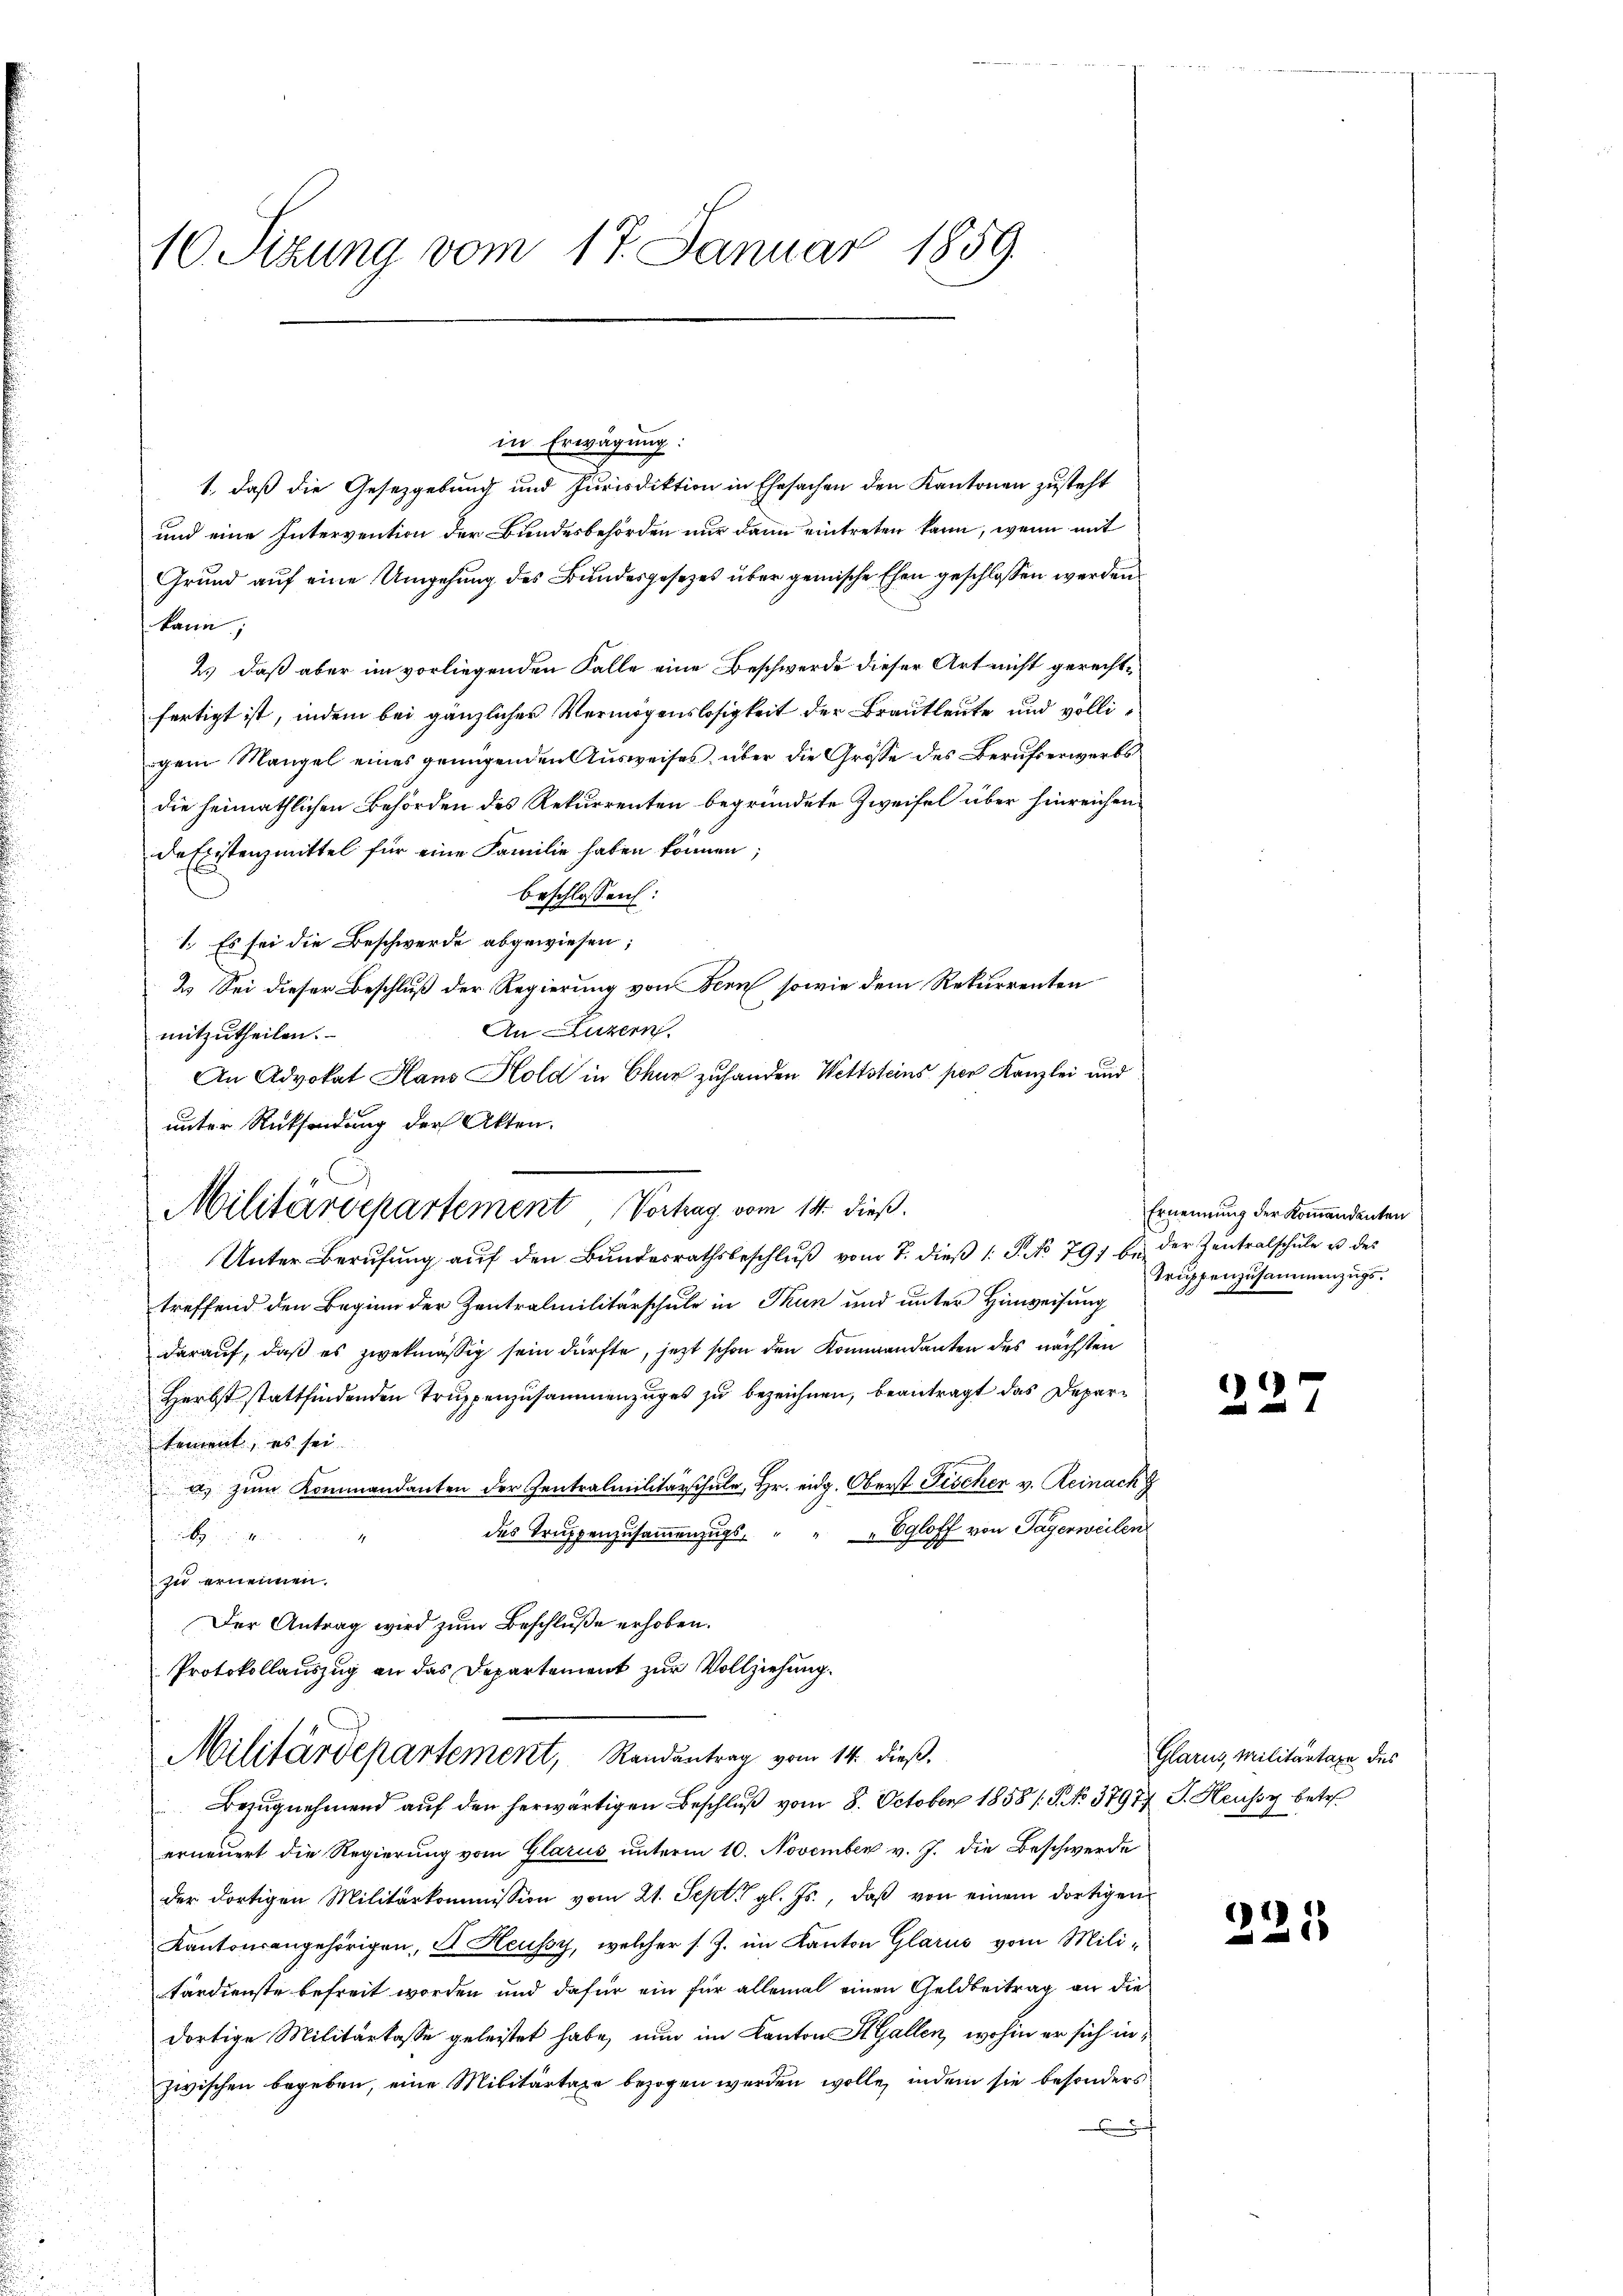
.

10. Sizung vom 17. Januar 1859.

in Erwägung:
1., daß die Gesetzgebung und Jurisdiktion in Ehesachen den Kantonen zusteht
und eine Intervention der Bundesbehörden nur dann eintreten kann, wenn mit
Grund auf eine Umgehung des Bundesgesezes über gemische Ehen geschlossen werden
kann;
2.) daß aber im vorliegenden Falle eine Beschwerde dieser Art nicht gerechtfertigt ist, indem bei gänzlicher Vermögenslosigkeit der Brautleute und völligem Mangel eines genügenden Ausweises, über die Größe des Berufserwerbs
die heimathlichen Behörden des Rekurrenten begründete Zweifel über hinreichen
de Existenzmittel für eine Familie haben können;
beschlossen:
1. Es sei die Beschwerde abgewiesen;
2. Sei dieser Beschluß der Regierung von Bern, sowie dem Rekurrenten
An Luzern.
mitzutheilen.
An Advokat Hans Hold in Chur zu handen Wettsteins per Kanzlei und
unter Rücksendung der Akten.
i
Unter Berŭfŭng aŭf den Bŭndesrathsbeschlŭβ vom 7. dieβ 1 S. No 791 b. der Zentralschŭle u. des
2
treffend den Beginn der Zentralmilitärschule in Thun und unter Hinweisung
darauf, daß es zwekmäßig sein dürfte, jetzt schon den Kommandanten des nächsten
Herbst stattfindenden Truppenzusammenzuges zu bezeichnen, beantragt das Departement, es sei.
a) zum Kommandanten der Zentralmilitärschule, Hr. eidg. Oberst Fischer v. Reinach
des Truppenzusammenzugs, " " " Egloff von Tagerweilen
ue de
 zu ernennen.
Der Antrag wird zum Beschluße erhoben.
Protokollauszug an das Departement zur Vollziehung.
Militärdepartement, Randantrag vom 14. dieß.
Bezŭgnehmend aŭf den herwärtigen Beschlŭβ vom 8. October 1858/. P. No. 37977 J. Heussy betr.
erneuert die Regierung vom Glarus unterm 10. November v. J. die Beschwerde
der dortigen Militärkommission vom 21. Sept. gl. Js., daβ von einem dortigen
Kantonsangehörigen, A. Heussy, welcher s. Z. im Kanton Glarus vom Militärdienste befreit worden und dafür ein für allemal einen Geldbeitrag an die
dortige Militärtasse geleistet habe, nun im Kanton St. Gallen, wohin er sich inzwischen begeben, eine Militärtaxe bezogen werden wolle, indem sie besonders
e

Militärdepartement Vortrag vom 14. dieß.

Ernennung der Kommandanten
Truppenzusammenzugs¬

.

Glarus, Militärtaxe des

e
221